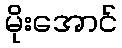
မိုးအောင်